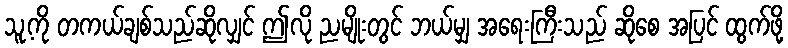
သူ့ကို တကယ်ချစ်သည်ဆိုလျှင် ဤလို ညမျိုးတွင် ဘယ်မျှ အရေးကြီးသည် ဆိုစေ အပြင် ထွက်ဖို့